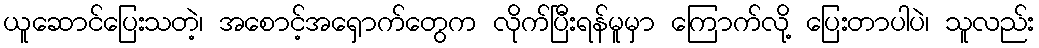
ယူဆောင်ပြေးသတဲ့၊ အစောင့်အရှောက်တွေက လိုက်ပြီးရန်မူမှာ ကြောက်လို့ ပြေးတာပါပဲ၊ သူလည်း